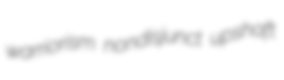
warriorism nondisjunct upshaft